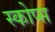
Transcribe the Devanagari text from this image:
स्कोप्स